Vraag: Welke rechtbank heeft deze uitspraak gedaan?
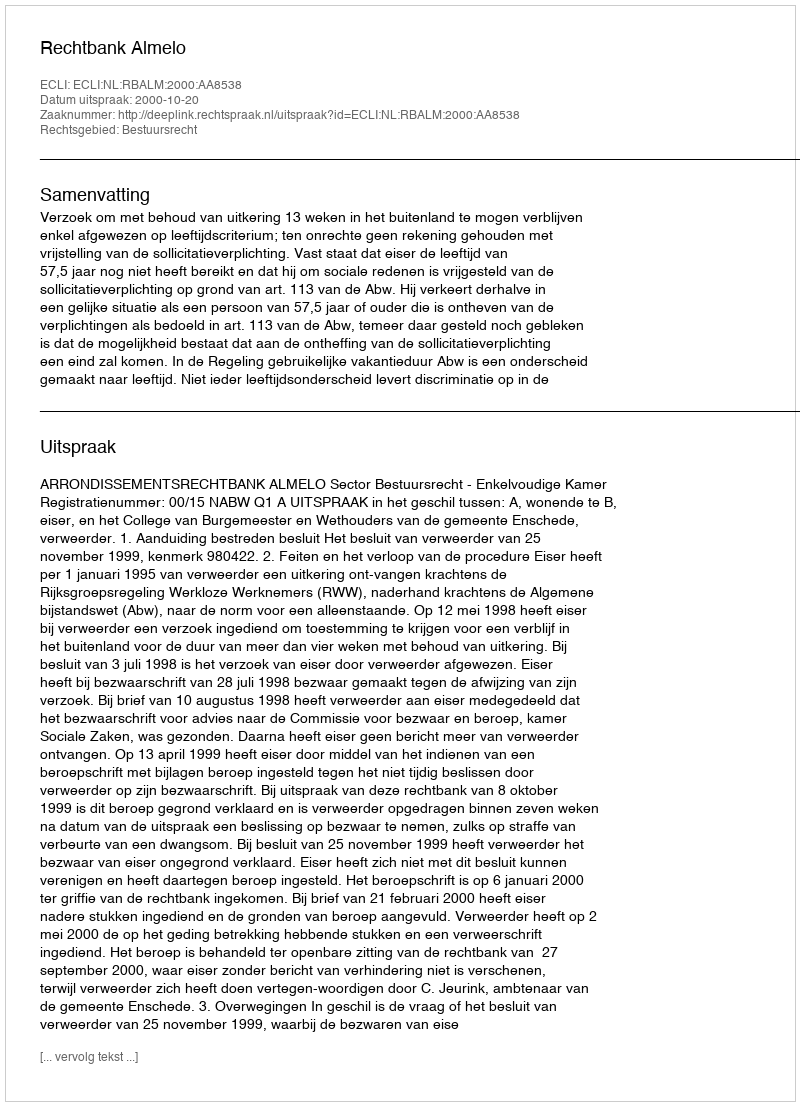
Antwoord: Rechtbank Almelo